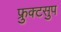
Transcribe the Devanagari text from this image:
फ्रुक्टसुप